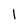
Character: 1